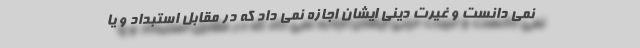
نمی دانست و غیرت دینی ایشان اجازه نمی داد که در مقابل استبداد و یا